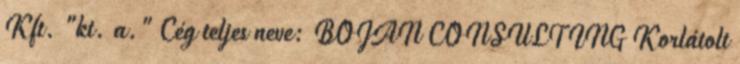
Kft. "kt. a." Cég teljes neve: BOJAN CONSULTING Korlátolt